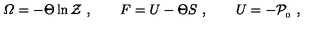
{ \mit \Omega } = - \Theta \ln { \cal Z } \ , \qquad F = U - \Theta S \ , \qquad U = - { \cal P } _ { _ 0 } \ ,